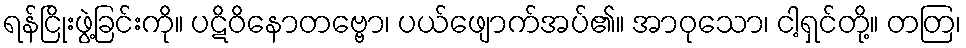
ရန်ငြိုးဖွဲ့ခြင်းကို။ ပဋိဝိနောတဗ္ဗော၊ ပယ်ဖျောက်အပ်၏။ အာဝုသော၊ ငါ့ရှင်တို့။ တတြ၊